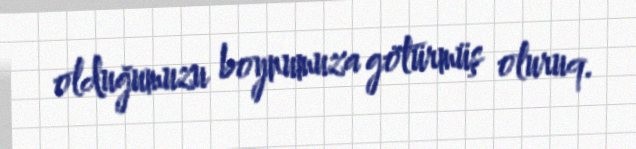
olduğumuzu boynumuza götürmüş oluruq.